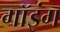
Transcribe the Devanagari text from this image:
गॉइंग